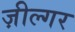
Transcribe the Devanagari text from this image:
ज़ील्‍गर